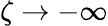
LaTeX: \zeta\rightarrow-\infty